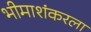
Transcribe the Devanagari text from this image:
भीमाशंकरला